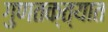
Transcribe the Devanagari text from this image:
गुणतक्त्यात